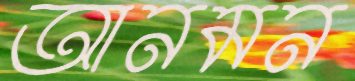
আনমন